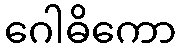
ဂေါဓိကော